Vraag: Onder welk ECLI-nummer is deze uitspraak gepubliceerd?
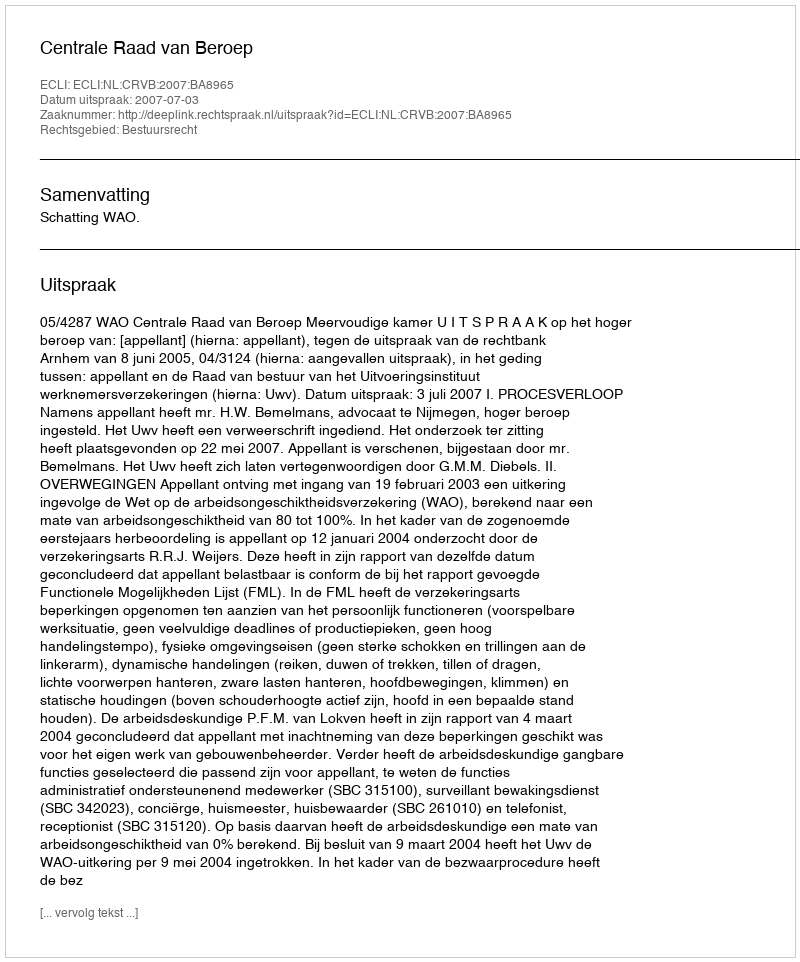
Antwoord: ECLI:NL:CRVB:2007:BA8965